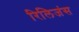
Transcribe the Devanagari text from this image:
रिलिजंस